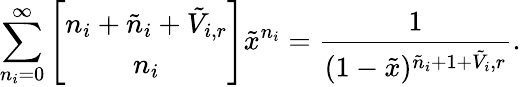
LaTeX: \sum_{n_{i}=0}^{\infty}\left[\begin{array}{c}{{n_{i}+\tilde{n}_{i}+\tilde{V}_{i,r}}}\\ {{n_{i}}}\end{array}\right]\tilde{x}^{n_{i}}=\frac{1}{(1-\tilde{x})^{\tilde{n}_{i}+1+\tilde{V}_{i},r}}.